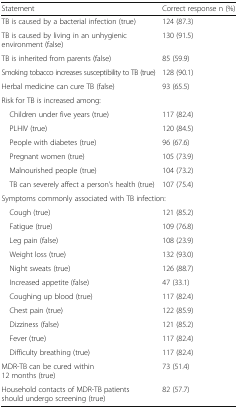
| Statement | Correct response n (%) |
 | --- | --- |
 | TB is caused by a bacterial infection (true) | 124 (87.3) |
 | TB is caused by living in an unhygienic environment (false) | 130 (91.5) |
 | TB is inherited from parents (false) | 85 (59.9) |
 | Smoking tobacco increases susceptibility to TB (true) | 128 (90.1) |
 | Herbal medicine can cure TB (false) | 93 (65.5) |
 | <COLSPAN=2> Risk for TB is increased among: |
 | Children under five years (true) | 117 (82.4) |
 | PLHIV (true) | 120 (84.5) |
 | People with diabetes (true) | 96 (67.6) |
 | Pregnant women (true) | 105 (73.9) |
 | Malnourished people (true) | 104 (73.2) |
 | TB can severely affect a person’s health (true) | 107 (75.4) |
 | <COLSPAN=2> Symptoms commonly associated with TB infection: |
 | Cough (true) | 121 (85.2) |
 | Fatigue (true) | 109 (76.8) |
 | Leg pain (false) | 108 (23.9) |
 | Weight loss (true) | 132 (93.0) |
 | Night sweats (true) | 126 (88.7) |
 | Increased appetite (false) | 47 (33.1) |
 | Coughing up blood (true) | 117 (82.4) |
 | Chest pain (true) | 122 (85.9) |
 | Dizziness (false) | 121 (85.2) |
 | Fever (true) | 117 (82.4) |
 | Difficulty breathing (true) | 117 (82.4) |
 | MDR-TB can be cured within 12 months (true) | 73 (51.4) |
 | Household contacts of MDR-TB patients should undergo screening (true) | 82 (57.7) |